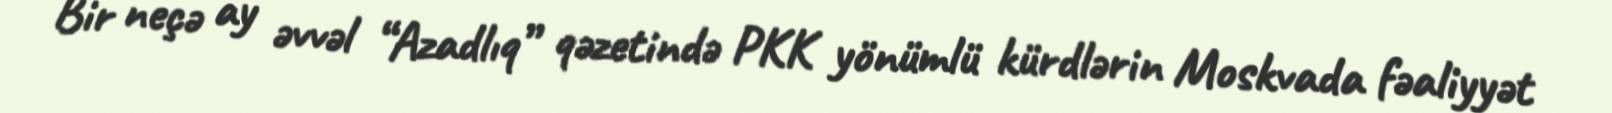
Bir neçə ay əvvəl “Azadlıq” qəzetində PKK yönümlü kürdlərin Moskvada fəaliyyət